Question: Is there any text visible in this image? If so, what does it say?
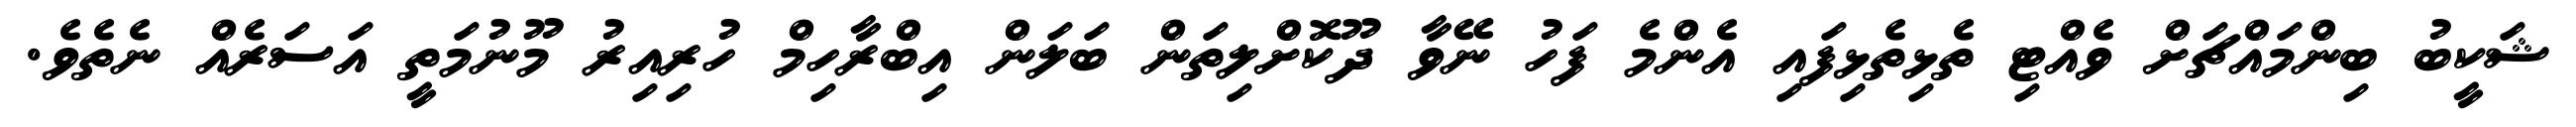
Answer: ޝަކީބު ބިންމައްޗަށް ވެއްޓި ތެޅިތެޅިފައި އެންމެ ފަހު ނޭވާ ދޫކޮށްލިތަން ބަލަން އިބްރާހިމް ހުރިއިރު މޫނުމަތީ އަސަރެއް ނެތެވެ.